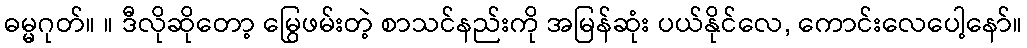
ဓမ္မဂုတ်။ ။ ဒီလိုဆိုတော့ မြွေဖမ်းတဲ့ စာသင်နည်းကို အမြန်ဆုံး ပယ်နိုင်လေ, ကောင်းလေပေါ့နော်။